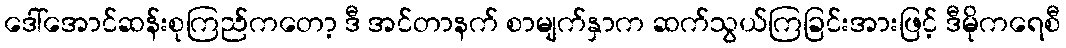
ဒေါ်အောင်ဆန်းစုကြည်ကတော့ ဒီ အင်တာနက် စာမျက်နှာက ဆက်သွယ်ကြခြင်းအားဖြင့် ဒီမိုကရေစီ